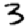
Digit: 3